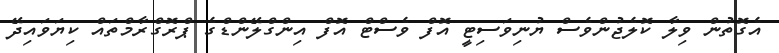
އެގޮތުން ވިލާ ކޮލެޖުންވެސް ޔުނިވަސިޓީ އޮފް ވެސްޓް އޮފް އިންގްލޭންޑްގެ ޕްރޮގްރާމްތައް ކިޔަވައިދޭ